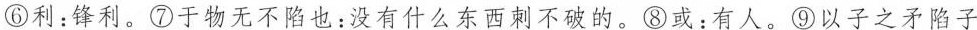
⑥利：锋利。⑦于物无不陷也：没有什么东西刺不破的。⑧或：有人。⑨以子之矛陷子